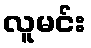
လူမင်း